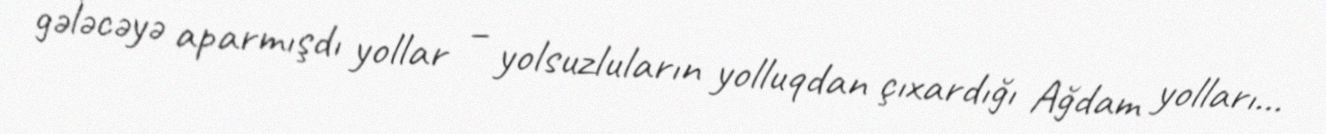
gələcəyə aparmışdı yollar – yolsuzluların yolluqdan çıxardığı Ağdam yolları...